Annual report on the health of the army in India
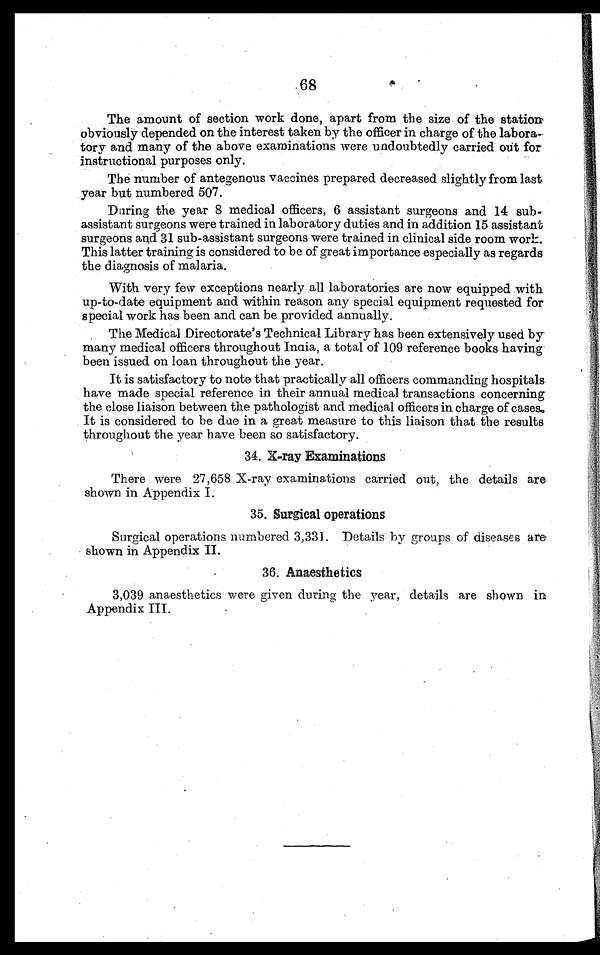
The amount of section work done, apart from the size of the stations
obviously depended on the interest taken by the officer in charge of the labora-
-tory and many of the above examinations were undoubtedly carried out for
instructional purposes only.
The number of antegenous vaccines prepared decreased slightly from last
year but numbered 507.
During the year 8 medical officers, 6 assistant surgeons and 14 sub-
assistant surgeons were trained in laboratory duties and in addition 15 assistant
surgeons and. 31 sub-assistant surgeons were trained in clinical side room work.
This latter training is considered to be of great importance especially as regards
the diagnosis of malaria.
With very few exceptions nearly all laboratories are now equipped with
up-to-date equipment and within reason any special equipment requested for
special work has been and can be provided annually.
The Medical Directorate's Technical Library has been extensively used by
many medical officers throughout Inaia, a total of 109 reference books having
been issued on loan throughout the year.
It is satisfactory to note that practically all officers commanding hospitals
have made special reference in their annual medical transactions concerning
the close liaison between the pathologist and medical officers in charge of cases.
It is considered to be due in a great measure to this liaison that the results
throughout the year have been so satisfactory.
34. X-ray Examinations
There were 27,658 X-ray examinations carried out, the details are
shown in Appendix I.
35. Surgical operations
Surgical operations numbered 3,331. Details by groups of diseases are
shown in Appendix II.
36.Anaesthetics
3,039 anaesthetics were given during the year, details are shown in
Appendix III.